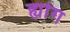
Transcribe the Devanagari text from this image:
ह्यांग